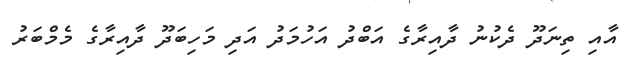
އާއި ތިނަދޫ ދެކުނު ދާއިރާގެ އަބްދު އަހުމަދު އަދި މަހިބަދޫ ދާއިރާގެ މެމްބަރު